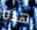
هذه